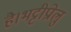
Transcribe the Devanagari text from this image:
है।भट्टीप्रोलु